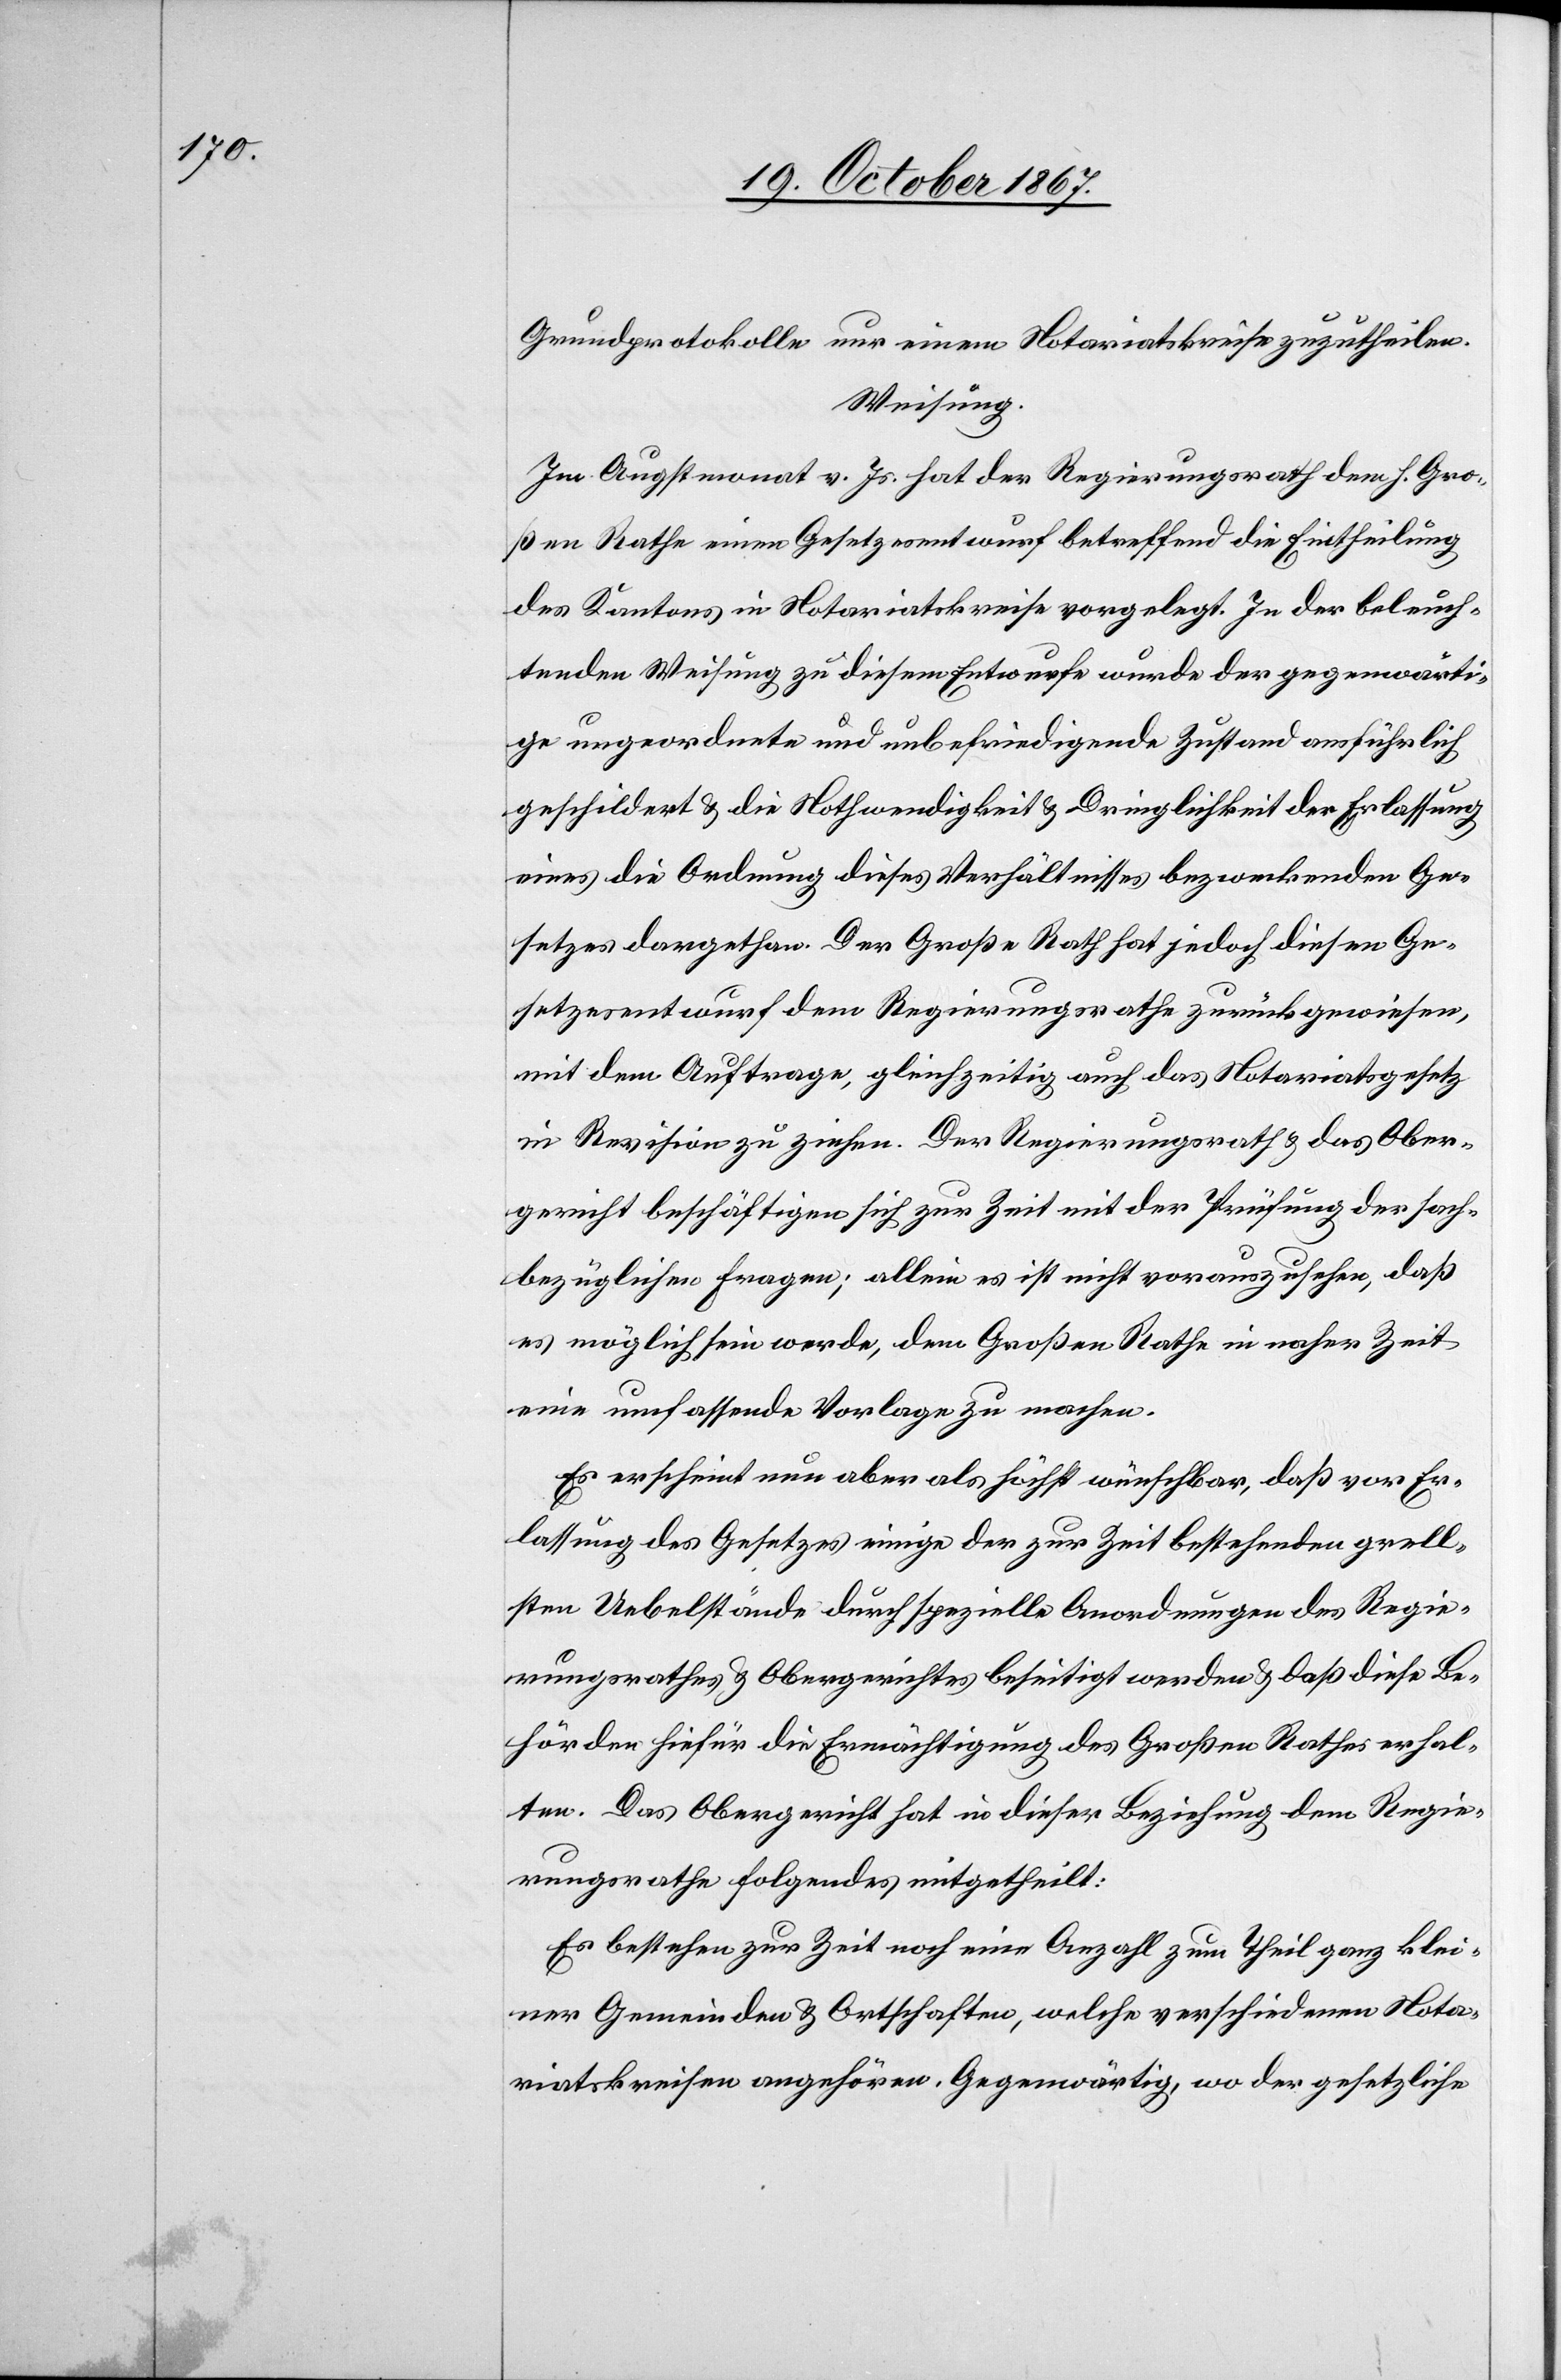
Grundprotokolle nur einem Notariatskreise zuzutheilen.
Weisung.
Um Augstmonat v. Js. hat der Regierungsrath dem h. Gro¬
ßen Rathe einen Gesetzesentwurf betreffend die Eintheilung
des Kantons in Notariatskreise vorgelegt. In der beleuch¬
tenden Weisung zu diesem Entwurfe wurde der gegenwärti¬
ge ungeordnete und unbefriedigende Zustand ausführlich
geschildert u. die Nothwendigkeit u. Dringlichkeit der Erlassung
eines die Ordnung dieses Verhältnisses bezweckenden Ge¬
setzes dargethan. Der Große Rath hat jedoch diesen Ge¬
setzesentwurf dem Regierungsrath zurückgewiesen,
mit dem Auftrage, gleichzeitig auch das Notariatsgesetz
in Revision zu ziehen. Der Regierungsrath u. das Ober¬
gericht beschäftigen sich zur Zeit mit der Prüfung der sach¬
bezüglichen Fragen; allein es ist nicht vorauszusehen, daß
es möglich sein werde, dem Großen Rathe in naher Zeit
eine umfassende Vorlage zu machen.
Es erscheint nun aber als höchst wünschbar, daß vor Er¬
lassung des Gesetzes einige der zur Zeit bestehenden grell¬
en Uebelstände durch spezielle Anordnungen des Regie¬
rungsrathes u. Obergerichtes beseitigt werden u. daß diese Be¬
hörden hiefür die Ermächtigung des Großen Rathes erhal¬
ten. Das Obergericht hat in dieser Beziehung dem Regie¬
rungsrathe Folgendes mitgetheilt:
Es bestehen zur Zeit noch eine Anzahl zum Theil ganz klei¬
ner Gemeinden u. Ortschaften, welche verschiedenen Nota¬
riatskreisen angehören. Gegenwärtig, wo der gesetzliche